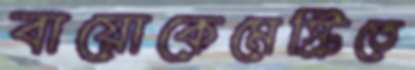
বায়োকেমেস্ট্রিতে